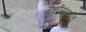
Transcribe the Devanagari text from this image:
गांधींसंदर्भात